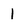
Character: 1